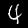
Label: 4